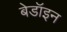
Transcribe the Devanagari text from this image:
बेडॉइन